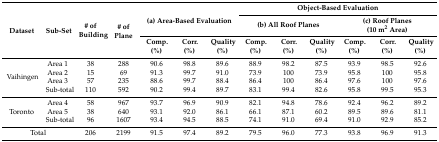
<table><thead><tr><td rowspan="3"><b>Dataset</b></td><td rowspan="3"><b>Sub-Set</b></td><td rowspan="3"><b># of Building</b></td><td rowspan="3"><b># of Plane</b></td><td rowspan="2" colspan="3"><b>(a) Area-Based Evaluation</b></td><td colspan="6"><b>Object-Based Evaluation</b></td></tr><tr><td colspan="3"><b>(b) All Roof Planes</b></td><td colspan="3"><b>(c) Roof Planes (10 m<sup>2</sup> Area)</b></td></tr><tr><td><b>Comp. (%)</b></td><td><b>Corr. (%)</b></td><td><b>Quality (%)</b></td><td><b>Comp. (%)</b></td><td><b>Corr. (%)</b></td><td><b>Quality (%)</b></td><td><b>Comp. (%)</b></td><td><b>Corr. (%)</b></td><td><b>Quality (%)</b></td></tr></thead><tbody><tr><td rowspan="4">Vaihingen</td><td>Area 1</td><td>38</td><td>288</td><td>90.6</td><td>98.8</td><td>89.6</td><td>88.9</td><td>98.2</td><td>87.5</td><td>93.9</td><td>98.5</td><td>92.6</td></tr><tr><td>Area 2</td><td>15</td><td>69</td><td>91.3</td><td>99.7</td><td>91.0</td><td>73.9</td><td>100</td><td>73.9</td><td>95.8</td><td>100</td><td>95.8</td></tr><tr><td>Area 3</td><td>57</td><td>235</td><td>88.6</td><td>99.7</td><td>88.4</td><td>86.4</td><td>100</td><td>86.4</td><td>97.6</td><td>100</td><td>97.6</td></tr><tr><td>Sub-total</td><td>110</td><td>592</td><td>90.2</td><td>99.4</td><td>89.7</td><td>83.1</td><td>99.4</td><td>82.6</td><td>95.8</td><td>99.5</td><td>95.3</td></tr><tr><td rowspan="3">Toronto</td><td>Area 4</td><td>58</td><td>967</td><td>93.7</td><td>96.9</td><td>90.9</td><td>82.1</td><td>94.8</td><td>78.6</td><td>92.4</td><td>96.2</td><td>89.2</td></tr><tr><td>Area 5</td><td>38</td><td>640</td><td>93.1</td><td>92.0</td><td>86.1</td><td>66.1</td><td>87.1</td><td>60.2</td><td>89.5</td><td>89.6</td><td>81.1</td></tr><tr><td>Sub-total</td><td>96</td><td>1607</td><td>93.4</td><td>94.5</td><td>88.5</td><td>74.1</td><td>91.0</td><td>69.4</td><td>91.0</td><td>92.9</td><td>85.2</td></tr><tr><td colspan="2">Total</td><td>206</td><td>2199</td><td>91.5</td><td>97.4</td><td>89.2</td><td>79.5</td><td>96.0</td><td>77.3</td><td>93.8</td><td>96.9</td><td>91.3</td></tr></tbody></table>